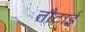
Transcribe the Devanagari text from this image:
तौटाई